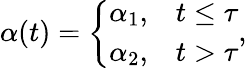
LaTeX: \begin{array}{r}{\alpha(t)=\left\{ \begin{array}{ll}{\alpha_{1},}&{t\leq\tau}\\ {\alpha_{2},}&{t>\tau}\end{array}\right.,}\end{array}